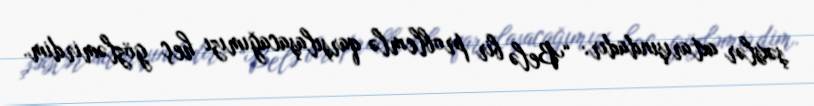
şəxslər axtarışındadır: “Belə bir problemlə qarşılaşacağımızı heç gözləmirdim.